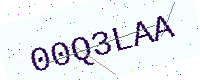
Text: 00Q3LAA